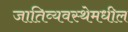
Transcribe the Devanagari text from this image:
जातिव्यवस्थेमधील